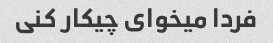
فردا میخوای چیکار کنی